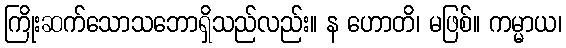
ကြိုးဆက်သောသဘောရှိသည်လည်း။ န ဟောတိ၊ မဖြစ်။ ကမ္မာယ၊